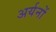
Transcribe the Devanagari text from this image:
अर्यनों